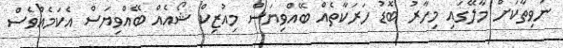
ނުވިތާކަށް މާލޭގައި މިހާރު ބޮޑު ހަރަކާތެއް ބޭއްވިޔަސް މިއުޒިކް ޝޯއެއް ބޭއްވިޔަސް އެކަމެއްވެސް